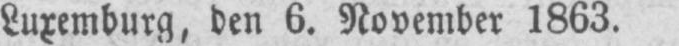
Luxemburg, den 6. November 1863.